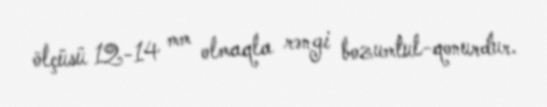
ölçüsü 12-14 mm olmaqla rəngi bozumtul-qonurdur.